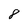
Character: 8